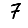
Digit: 7